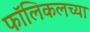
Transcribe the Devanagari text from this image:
फॉलिकलच्या